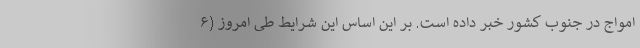
امواج در جنوب کشور خبر داده است. بر این اساس این شرایط طی امروز (۶